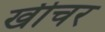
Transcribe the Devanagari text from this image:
खीचर